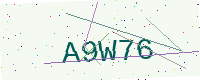
Text: A9W76